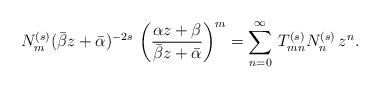
LaTeX: \begin{align*}N_m^{(s)}(\bar{\beta} z+\bar{\alpha})^{-2s}\,\left(\frac{\alpha z+\beta}{\bar{\beta} z+\bar{\alpha}}\right)^m=\sum_{n=0}^{\infty}\,T_{mn}^{(s)}N_n^{(s)}\,z^n.\end{align*}